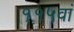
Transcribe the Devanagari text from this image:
११५वां